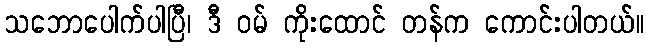
သဘောပေါက်ပါပြီ၊ ဒီ ဝမ် ကိုးထောင် တန်က ကောင်းပါတယ်။